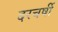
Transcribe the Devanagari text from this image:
दरचर्षी